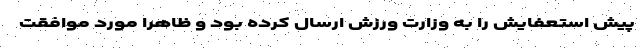
پیش استعفایش را به وزارت ورزش ارسال کرده بود و ظاهراً مورد موافقت